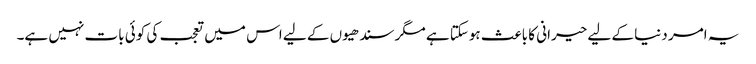
یہ امر دنیا کے لیے حیرانی کا باعث ہوسکتا ہے مگر سندھیوں کے لیے اس میں تعجب کی کوئی بات نہیں ہے۔